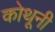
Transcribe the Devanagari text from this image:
कोथूनी